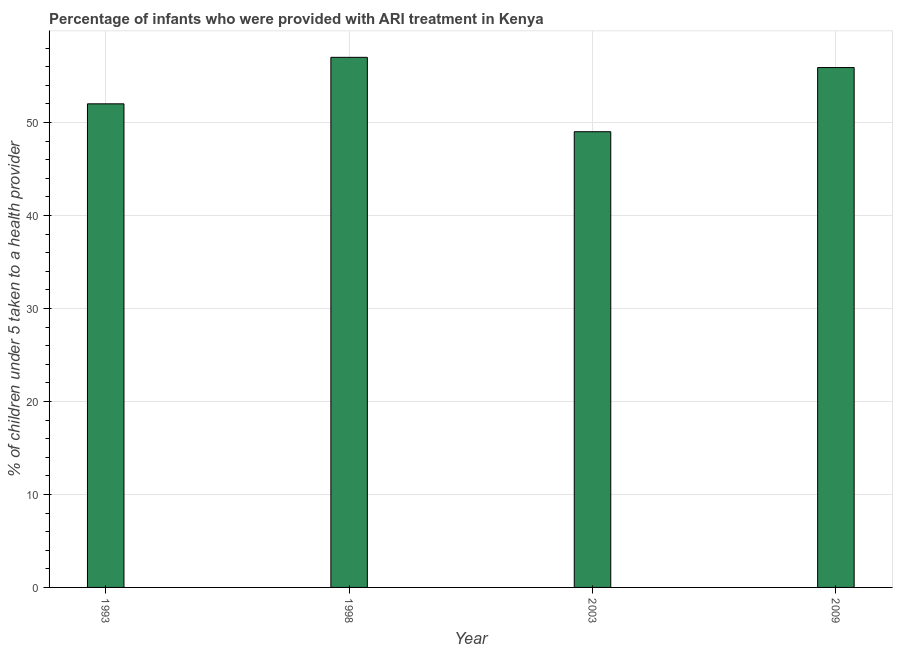
| Year | ARI treatment |
 | --- | --- |
 | 1993 | 52 |
 | 1998 | 57 |
 | 2003 | 49 |
 | 2009 | 55.9 |